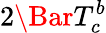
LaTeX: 2\Bar{T}_{c}^{b}